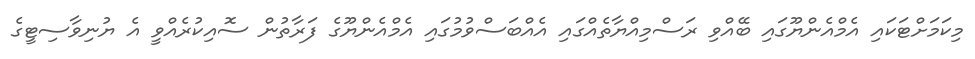
މިކަމަށްޓަކައި އެމްއެންޔޫގައި ބޭއްވި ރަސްމިއްޔާތެއްގައި އެއްބަސްވުމުގައި އެމްއެންޔޫގެ ފަރާތުން ސޮއިކުރެއްވީ އެ ޔުނިވާސިޓީގެ